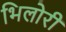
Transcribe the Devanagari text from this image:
भिलोरी